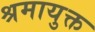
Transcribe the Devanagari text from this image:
श्रमायुक्त